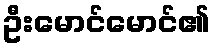
ဦးမောင်မောင်၏